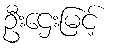
ဦးဌေးမြင့်